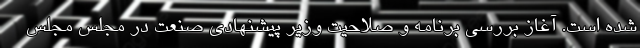
شده است. آغاز بررسی برنامه و صلاحیت وزیر پیشنهادی صنعت در مجلس مجلس